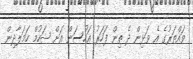
ވައްތަރުގެ އެ ވަޅިން ދެ ތިން ފަހަރު އަހުސަން އަށް ޝަހުމް ހަމަލާދިން